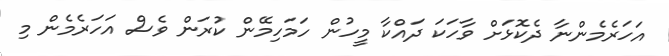
އަހަރެމެންނާ ދެކޮޅަށް ވާހަކަ ދައްކާ މީހުން ހަމަހިމޭން ކުރަން ވެސް އަހަރެމެން މި